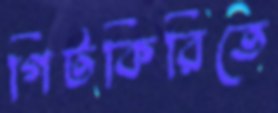
গিটকিরিতে